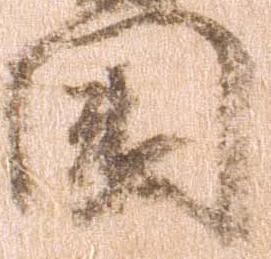
国